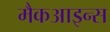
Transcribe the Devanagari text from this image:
मैकआइन्स